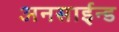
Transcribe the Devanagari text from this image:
अनसाईन्ड